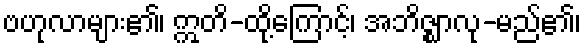
ဗဟုလာများ၏၊ ဣတိ-ထို့ကြောင့်၊ အဘိဇ္ဈာလု-မည်၏၊